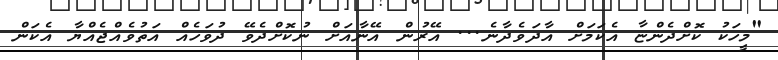
"މީހަކު ކޮށްދެންޏާ އެކަމަށް އާދަވެދާނެ... އޭރުން އޭނާއަށް ނުކޮށްދެވޭ ދުވަހެއް އަތުވެއްޖެއްޔާ އެކަން